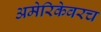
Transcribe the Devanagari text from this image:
अमेरिकेवरच